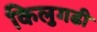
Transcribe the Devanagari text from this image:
किलुगढी